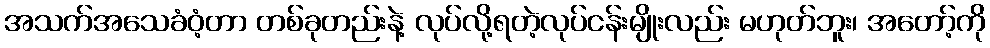
အသက်အသေခံဝံ့တာ တစ်ခုတည်းနဲ့ လုပ်လို့ရတဲ့လုပ်ငန်းမျိုးလည်း မဟုတ်ဘူး၊ အတော့်ကို